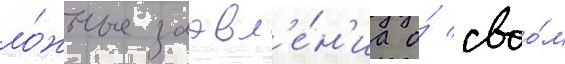
ло́жные заавл'е́н'иа о́ своо́м